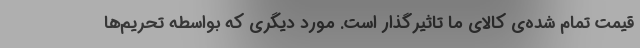
قیمت تمام شده‌ی کالای ما تاثیرگذار است. مورد دیگری که بواسطه تحریم‌ها